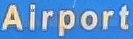
Airport